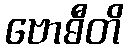
ဗောဓီတိ